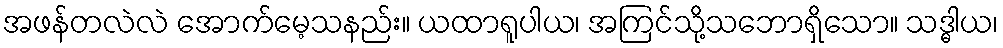
အဖန်တလဲလဲ အောက်မေ့သနည်း။ ယထာရူပါယ၊ အကြင်သို့သဘောရှိသော။ သဒ္ဓါယ၊